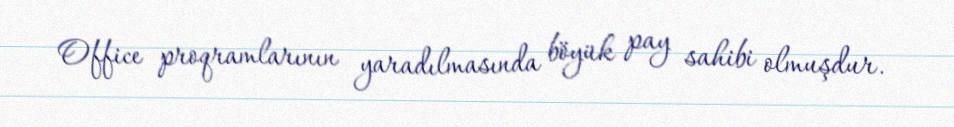
Office proqramlarının yaradılmasında böyük pay sahibi olmuşdur.